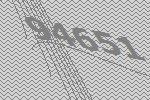
94651